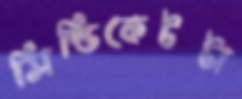
সিন্ডিকেটটা